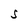
Character: S